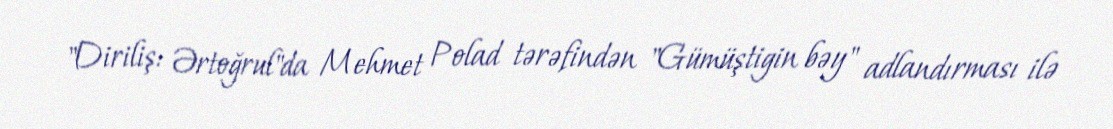
"Diriliş: Ərtoğrul"da Mehmet Polad tərəfindən "Gümüştigin bəy" adlandırması ilə